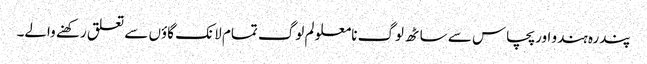
پندرہ ہندو اور پچاس سے ساٹھ لوگ نامعلو لم لوگ تمام لانک گاؤں سے تعلق رکھنے والے۔